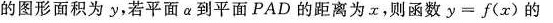
的图形面积为y，若平面α到平面PAD的距离为x，则函数y=f(x)